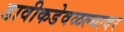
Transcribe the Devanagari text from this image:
डावीकडेवळल्यावर